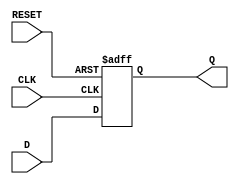
module d_flip_flop(
    input wire CLK,
    input wire RESET,
    input wire D,
    output reg Q
);

always @ (posedge CLK, posedge RESET)
begin
    if (RESET)
        Q <= 1'b0; // Reset the flip-flop to a known state
    else
        Q <= D; // Load the value of D on the rising edge of CLK
end

endmodule